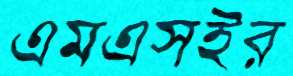
এমএসইর